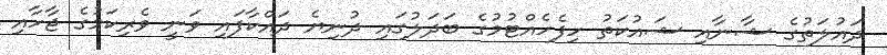
ދައުލަތުގެ ޝާނާއި ޝައުކަތު ހިފެހެއްޓުމުގެ ބަދަލުގައި ދުނިޔެ ދައްކާފައި ވަނީ ވެރިކަމުގެ ޖާހާއި